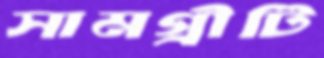
সামগ্রীটি